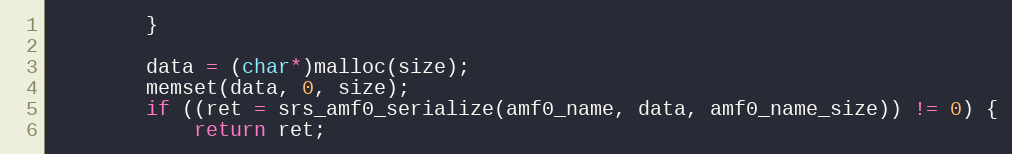
Language: C
        }

        data = (char*)malloc(size);
        memset(data, 0, size);
        if ((ret = srs_amf0_serialize(amf0_name, data, amf0_name_size)) != 0) {
            return ret;